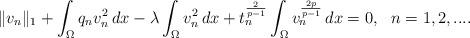
LaTeX: \begin{align*}\|v_n\|_1+\int_\Omega q_n v_n^2\,dx-\lambda \int_\Omega v_n^2\,dx+t_n^\frac{2}{p-1}\int_\Omega v_n^\frac{2p}{p-1}\,dx=0, ~~n=1,2,....\end{align*}